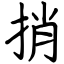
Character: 捎